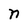
Character: n